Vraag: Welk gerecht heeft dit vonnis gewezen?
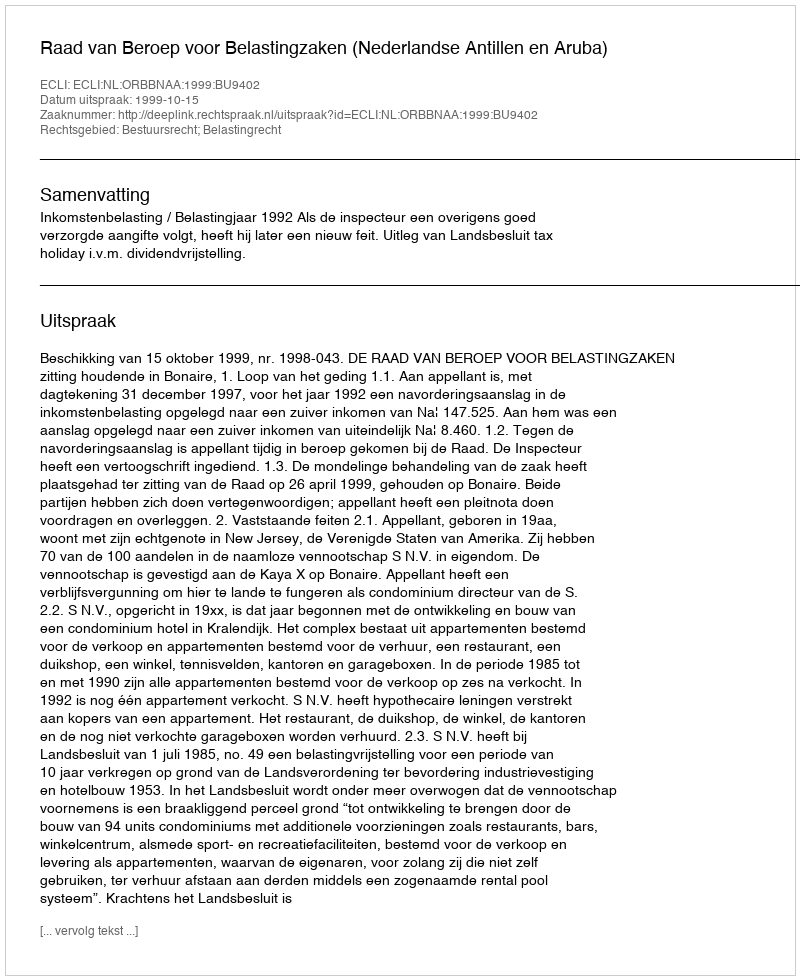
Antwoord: Raad van Beroep voor Belastingzaken (Nederlandse Antillen en Aruba)